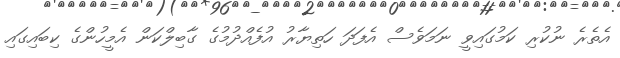
އެތެރެ ނުކުރި ކަމުގައިވީ ނަމަވެސް އެފަދަ ހަތިޔާރު އުފެއްދުމުގެ ގާބިލްކަން އެމީހުންގެ ކިބައިގައި